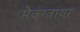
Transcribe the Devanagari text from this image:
मेक्ग्वायर